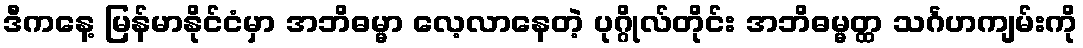
ဒီကနေ့ မြန်မာနိုင်ငံမှာ အဘိဓမ္မာ လေ့လာနေတဲ့ ပုဂ္ဂိုလ်တိုင်း အဘိဓမ္မတ္ထ သင်္ဂဟကျမ်းကို